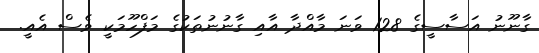
ގާނޫނު އަސާސީގެ 128 ވަނަ މާއްދާ އާއި ގާނުނުތަކުގެ މަފްހޫމަކީ ވެސް އެއީ.